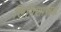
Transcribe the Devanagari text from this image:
लिपिशास्त्रज्ञ